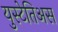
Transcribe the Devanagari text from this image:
युस्टेतिअस